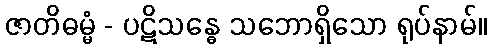
ဇာတိဓမ္မံ - ပဋိသန္ဓေ သဘောရှိသော ရုပ်နာမ်။